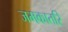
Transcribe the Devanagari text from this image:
जमकातरि